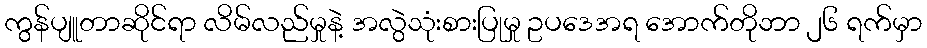
ကွန်ပျူတာဆိုင်ရာ လိမ်လည်မှုနဲ့ အလွဲသုံးစားပြုမှု ဥပဒေအရ အောက်တိုဘာ ၂၆ ရက်မှာ